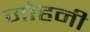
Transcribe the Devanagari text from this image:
जोहनी